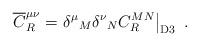
LaTeX: \begin{align*}{\overline C}^{\mu\nu}_R=\left.{\delta^\mu}_M {\delta^\nu}_N C^{MN}_R \right|_{\rm D3}~.\end{align*}